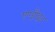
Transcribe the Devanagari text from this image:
एण्ड्रौइड